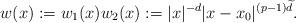
LaTeX: \begin{align*}w(x):=w_1(x)w_2(x):=|x|^{-d}|x-x_0|^{(p-1)\widetilde d}.\end{align*}